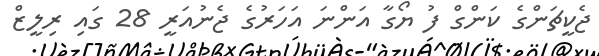
ޖެކީޗަންގެ ކަންގް ފު ޔޯގާ އަންނަ އަހަރުގެ ޖެނުއަރީ 28 ގައި ރިލީޒް